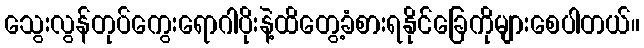
သွေးလွန်တုပ်ကွေးရောဂါပိုးနဲ့ထိတွေ့ခံစားရနိုင်ခြေကိုများစေပါတယ်။